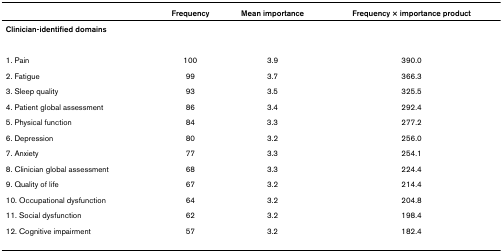
<table><thead><tr><td></td><td><b>Frequency</b></td><td><b>Mean importance</b></td><td><b>Frequency × importance product</b></td></tr></thead><tbody><tr><td colspan="4"><b>Clinician-identified domains</b></td></tr><tr><td>1. Pain</td><td>100</td><td>3.9</td><td>390.0</td></tr><tr><td>2. Fatigue</td><td>99</td><td>3.7</td><td>366.3</td></tr><tr><td>3. Sleep quality</td><td>93</td><td>3.5</td><td>325.5</td></tr><tr><td>4. Patient global assessment</td><td>86</td><td>3.4</td><td>292.4</td></tr><tr><td>5. Physical function</td><td>84</td><td>3.3</td><td>277.2</td></tr><tr><td>6. Depression</td><td>80</td><td>3.2</td><td>256.0</td></tr><tr><td>7. Anxiety</td><td>77</td><td>3.3</td><td>254.1</td></tr><tr><td>8. Clinician global assessment</td><td>68</td><td>3.3</td><td>224.4</td></tr><tr><td>9. Quality of life</td><td>67</td><td>3.2</td><td>214.4</td></tr><tr><td>10. Occupational dysfunction</td><td>64</td><td>3.2</td><td>204.8</td></tr><tr><td>11. Social dysfunction</td><td>62</td><td>3.2</td><td>198.4</td></tr><tr><td>12. Cognitive impairment</td><td>57</td><td>3.2</td><td>182.4</td></tr></tbody></table>